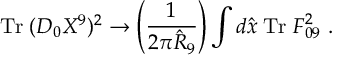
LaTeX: \mathrm { T r } \; ( D _ { 0 } X ^ { 9 } ) ^ { 2 } \rightarrow \left( \frac { 1 } { 2 \pi \hat { R } _ { 9 } } \right) \int d \hat { x } \; \mathrm { T r } \; F _ { 0 9 } ^ { 2 } \ .